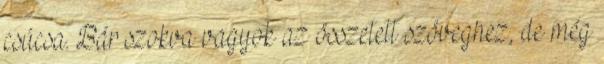
csúcsa. Bár szokva vagyok az összetett szöveghez, de még